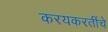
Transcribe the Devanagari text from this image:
करयकरतींचे